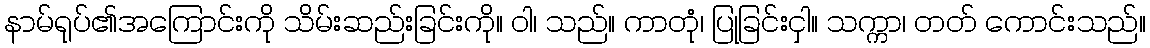
နာမ်ရုပ်၏အကြောင်းကို သိမ်းဆည်းခြင်းကို။ ဝါ၊ သည်။ ကာတုံ၊ ပြုခြင်းငှါ။ သက္ကာ၊ တတ် ကောင်းသည်။